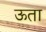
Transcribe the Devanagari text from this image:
ऊता